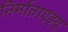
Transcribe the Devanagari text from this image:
निर्माताएंड्रयू